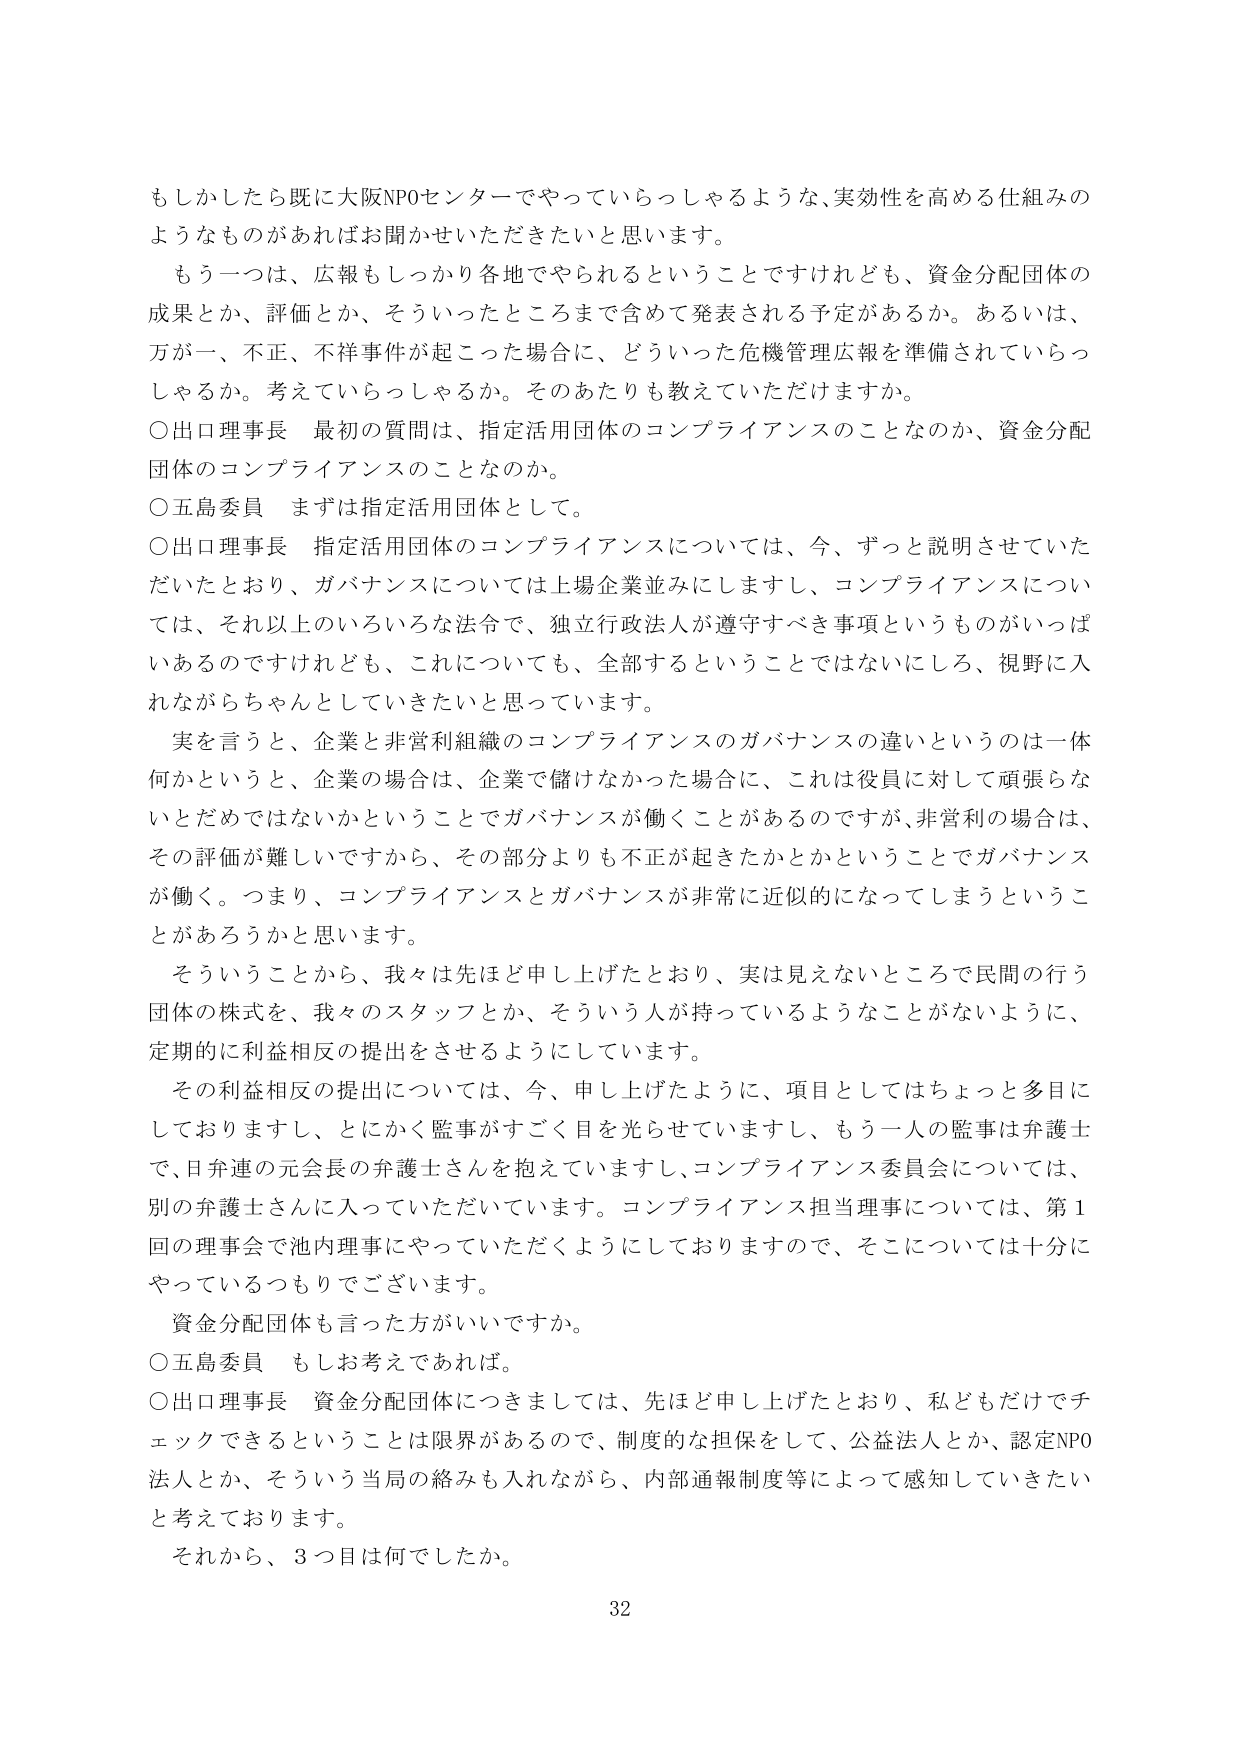
もしかしたら既に大阪NPOセンターでやっていらっしゃるような、実効性を高める仕組みのようなものがあればお聞かせいただきたいと思います。

もう一つは、広報もしっかり各地でやられるということですけれども、資金分配団体の成果とか、評価とか、そういったところまで含めて発表される予定があるか。あるいは、万が一、不正、不祥事件が起こった場合に、どういった危機管理広報を準備されていらっしゃるか。考えていらっしゃるか。そのあたりも教えていただけますか。

〇出口理事長 最初の質問は、指定活用団体のコンプライアンスのことなのか、資金分配団体のコンプライアンスのことなのか。

〇五島委員 まずは指定活用団体として。

〇出口理事長 指定活用団体のコンプライアンスについては、今、ずっと説明させていただいており、ガバナンスについては上場企業並みにしますし、コンプライアンスについては、それ以上のいろいろな法令で、独立行政法人が遵守すべき事項というものがいっぱいあるのですけれども、これについても、全部するということではないにしろ、視野に入れながらちゃんとしていきたいと思っています。

実を言うと、企業と非営利組織のコンプライアンスのガバナンスの違いというのは一体何かというと、企業の場合は、企業で儲けなかった場合に、これは役員に対して頑張らないとだめではないかということでガバナンスが働くことがあるのですが、非営利の場合は、その評価が難しいですから、その部分よりも不正が起きたかとかということでガバナンスが働く。つまり、コンプライアンスとガバナンスが非常に近似的になってしまうということがあるろうかと思います。

そういうことから、我々は先ほど申し上げたとおり、実は見えないところで民間の行う団体の株式を、我々のスタッフとか、そういう人が持っているようなことがないように、定期的に利益相反の提出をさせるようにしています。

その利益相反の提出については、今、申し上げたように、項目としてはちょっと多目にしておりますし、とにかく監事がすごく目を光らせていますし、もう一人の監事は弁護士で、日弁連の元会長の弁護士さんを抱えていますし、コンプライアンス委員会については、別の弁護士さんにに入っていただいています。コンプライアンス担当理事については、第1回の理事会で池内理事にやっていただくようにしておりますので、そこについては十分にやっているつもりでございます。

資金分配団体も言った方がいいですか。

〇五島委員 もしも考えであれば。

〇出口理事長 資金分配団体につきましては、先ほど申し上げたとおり、私どもだけでチェックできるということは限界があるので、制度的な担保をして、公益法人とか、認定NPO法人とか、そういう当局の絡みも入れながら、内部通報制度等によって感知していきたいと考えております。

それから、3つ目は何でしたか。

32